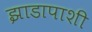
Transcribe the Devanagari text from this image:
झाडापाशी